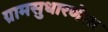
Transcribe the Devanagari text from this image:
ग्रामसुधारणेला